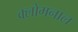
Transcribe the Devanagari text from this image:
क्लोमनाल